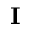
\mathbf { I }